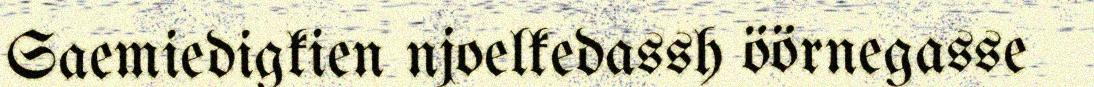
Saemiedigkien njoelkedassh öörnegasse